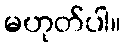
မဟုတ်ပါ။